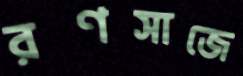
রণসাজে